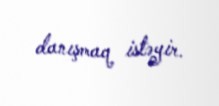
danışmaq istəyir.